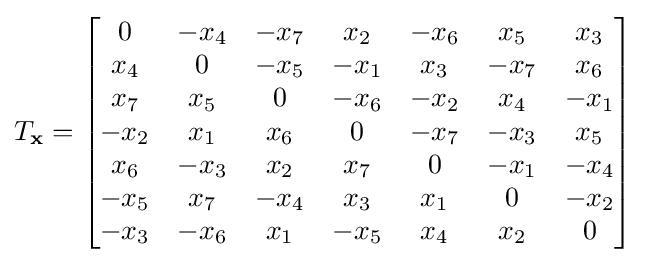
T_{\mathbf {x} }={\begin{bmatrix}0&-x_{4}&-x_{7}&x_{2}&-x_{6}&x_{5}&x_{3}\\x_{4}&0&-x_{5}&-x_{1}&x_{3}&-x_{7}&x_{6}\\x_{7}&x_{5}&0&-x_{6}&-x_{2}&x_{4}&-x_{1}\\-x_{2}&x_{1}&x_{6}&0&-x_{7}&-x_{3}&x_{5}\\x_{6}&-x_{3}&x_{2}&x_{7}&0&-x_{1}&-x_{4}\\-x_{5}&x_{7}&-x_{4}&x_{3}&x_{1}&0&-x_{2}\\-x_{3}&-x_{6}&x_{1}&-x_{5}&x_{4}&x_{2}&0\end{bmatrix}}